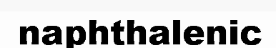
naphthalenic